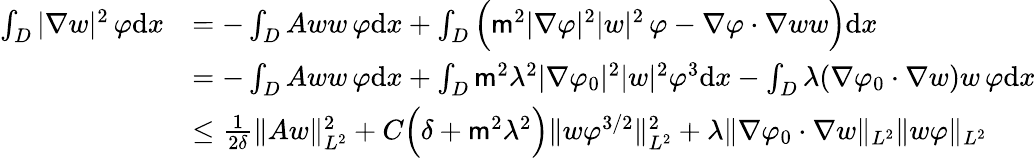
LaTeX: \begin{array}{rl}{\int_{D}|\nabla w|^{2}\, \varphi\mathrm{d}x}&{=-\int_{D}Aww\, \varphi\mathrm{d}x+\int_{D}\Big(\mathsf{m}^{2}|\nabla\varphi|^{2}|w|^{2}\, \varphi-\nabla\varphi\cdot\nabla ww\Big)\mathrm{d}x}\\ &{=-\int_{D}Aww\, \varphi\mathrm{d}x+\int_{D}\mathsf{m}^{2}\lambda^{2}|\nabla\varphi_{0}|^{2}|w|^{2}\varphi^{3}\mathrm{d}x-\int_{D}\lambda(\nabla\varphi_{0}\cdot\nabla w)w\, \varphi\mathrm{d}x}\\ &{\leq\frac{1}{2\delta}\| Aw\| _{L^{2}}^{2}+C\Big(\delta+\mathsf{m}^{2}\lambda^{2}\Big)\| w\varphi^{3/2}\| _{L^{2}}^{2}+\lambda\| \nabla\varphi_{0}\cdot\nabla w\| _{L^{2}}\| w\varphi\| _{L^{2}}}\end{array}